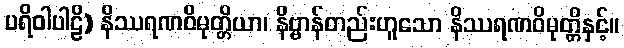
ပရိဝါပါဠိ) နိဿရဏဝိမုတ္တိယာ၊ နိဗ္ဗာန်တည်းဟူသော နိဿရဏဝိမုတ္တိနှင့်။